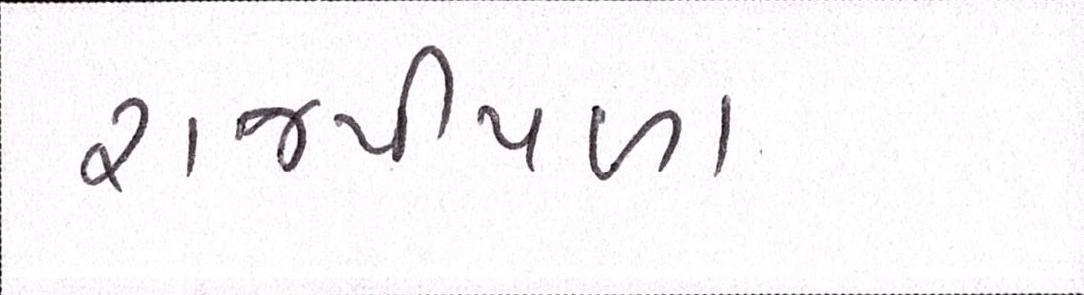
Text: રાજપીપળા